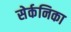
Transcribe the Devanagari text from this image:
सेर्कनिका